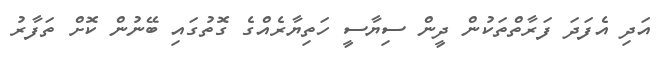
އަދި އެފަދަ ފަރާތްތަކުން ދީން ސިޔާސީ ހަތިޔާރެއްގެ ގޮތުގައި ބޭނުން ކޮށް ތަފާރު